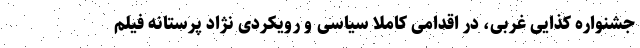
جشنواره کذایی غربی، در اقدامی کاملا سیاسی و رویکردی نژاد پرستانه فیلم